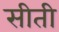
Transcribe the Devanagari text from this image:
सीती